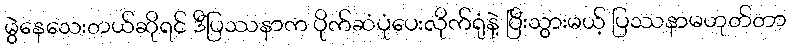
မွဲနေသေးတယ်ဆိုရင် ဒီပြဿနာက ပိုက်ဆံပုံပေးလိုက်ရုံနဲ့ ပြီးသွားမယ့် ပြဿနာမဟုတ်တာ